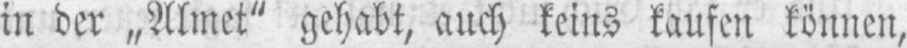
in der „Almet“ gehabt, auch keins kaufen können,